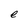
Character: e